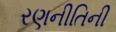
રણનીતિની